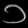
Digit: ၁